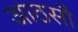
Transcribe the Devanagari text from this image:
आठसौ